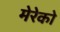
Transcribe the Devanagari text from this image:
मेरेको